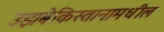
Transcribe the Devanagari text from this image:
उझबेकिस्तानामधील